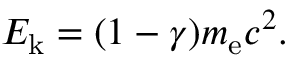
E _ { \mathrm { k } } = ( 1 - \gamma ) m _ { \mathrm { e } } c ^ { 2 } .